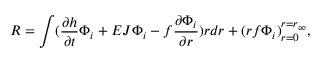
R = \int ( \frac { \partial h } { \partial t } \Phi _ { i } + E J \Phi _ { i } - f \frac { \partial \Phi _ { i } } { \partial r } ) r d r + ( r f \Phi _ { i } ) _ { r = 0 } ^ { r = r _ { \infty } } ,